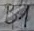
Text: B1